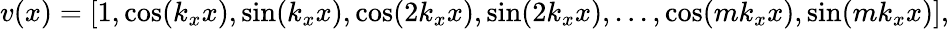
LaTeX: v(x)=\left[1,\cos(k_{x}x),\sin(k_{x}x),\cos(2k_{x}x),\sin(2k_{x}x),...,\cos(mk_{x}x),\sin(mk_{x}x)\right],